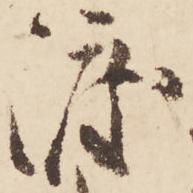
渡